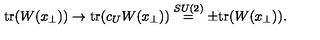
\mathrm { t r } ( W ( x _ { \perp } ) ) \rightarrow \mathrm { t r } ( c _ { U } W ( x _ { \perp } ) ) \stackrel { S U ( 2 ) } { = } \pm \mathrm { t r } ( W ( x _ { \perp } ) ) .